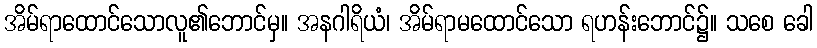
အိမ်ရာထောင်သောလူ၏ဘောင်မှ။ အနဂါရိယံ၊ အိမ်ရာမထောင်သော ရဟန်းဘောင်၌။ သစေ ခေါ